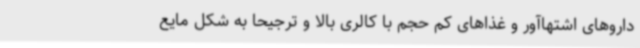
داروهای اشتهاآور و غذاهای کم حجم با کالری بالا و ترجیحا به شکل مایع